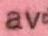
av